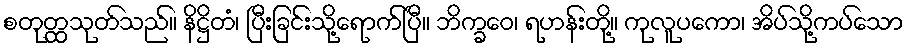
စတုတ္ထသုတ်သည်။ နိဋ္ဌိတံ၊ ပြီးခြင်းသို့ရောက်ပြီ။ ဘိက္ခဝေ၊ ရဟန်းတို့။ ကုလူပကော၊ အိပ်သို့ကပ်သော